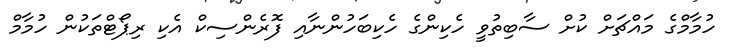
ހުމާމްގެ މައްޗަށް ކުށް ސާބިތުވީ ހެކިންގެ ހެކިބަހުންނާއި ފޮރެންސިކް އެކި ރިޕޯޓްތަކުން ހުމާމް